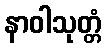
နာဝါသုတ္တံ